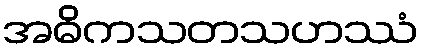
အဓိကသတသဟဿံ